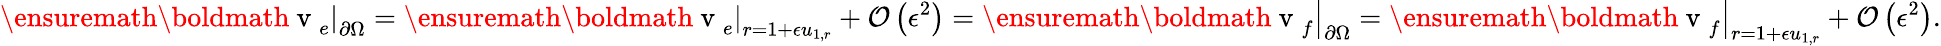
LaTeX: \left.\ensuremath{\mathrm{\boldmath~v~}}_{e}\right|_{\partial\Omega}=\left.\ensuremath{\mathrm{\boldmath~v~}}_{e}\right|_{r=1+\epsilon u_{1,r}}+\mathcal{O}\left(\epsilon^{2}\right)=\left.\ensuremath{\mathrm{\boldmath~v~}}_{f}\right|_{\partial\Omega}=\left.\ensuremath{\mathrm{\boldmath~v~}}_{f}\right|_{r=1+\epsilon u_{1,r}}+\mathcal{O}\left(\epsilon^{2}\right).